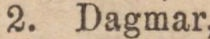
2. Dagmar,